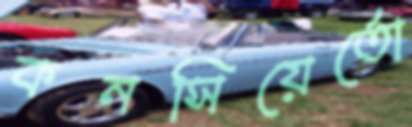
কনসিয়ের্তো